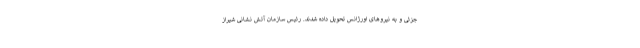
جزئی و به نیروهای اورژانس تحویل داده شدند. رئیس سازمان آتش نشانی شیراز